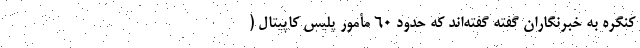
کنگره به خبر‌نگاران گفته گفته‌اند که حدود ۶۰ مأمور پلیس کاپیتال (